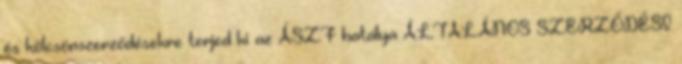
és kölcsönszerződésekre terjed ki az ÁSZF hatálya ÁLTALÁNOS SZERZŐDÉSI